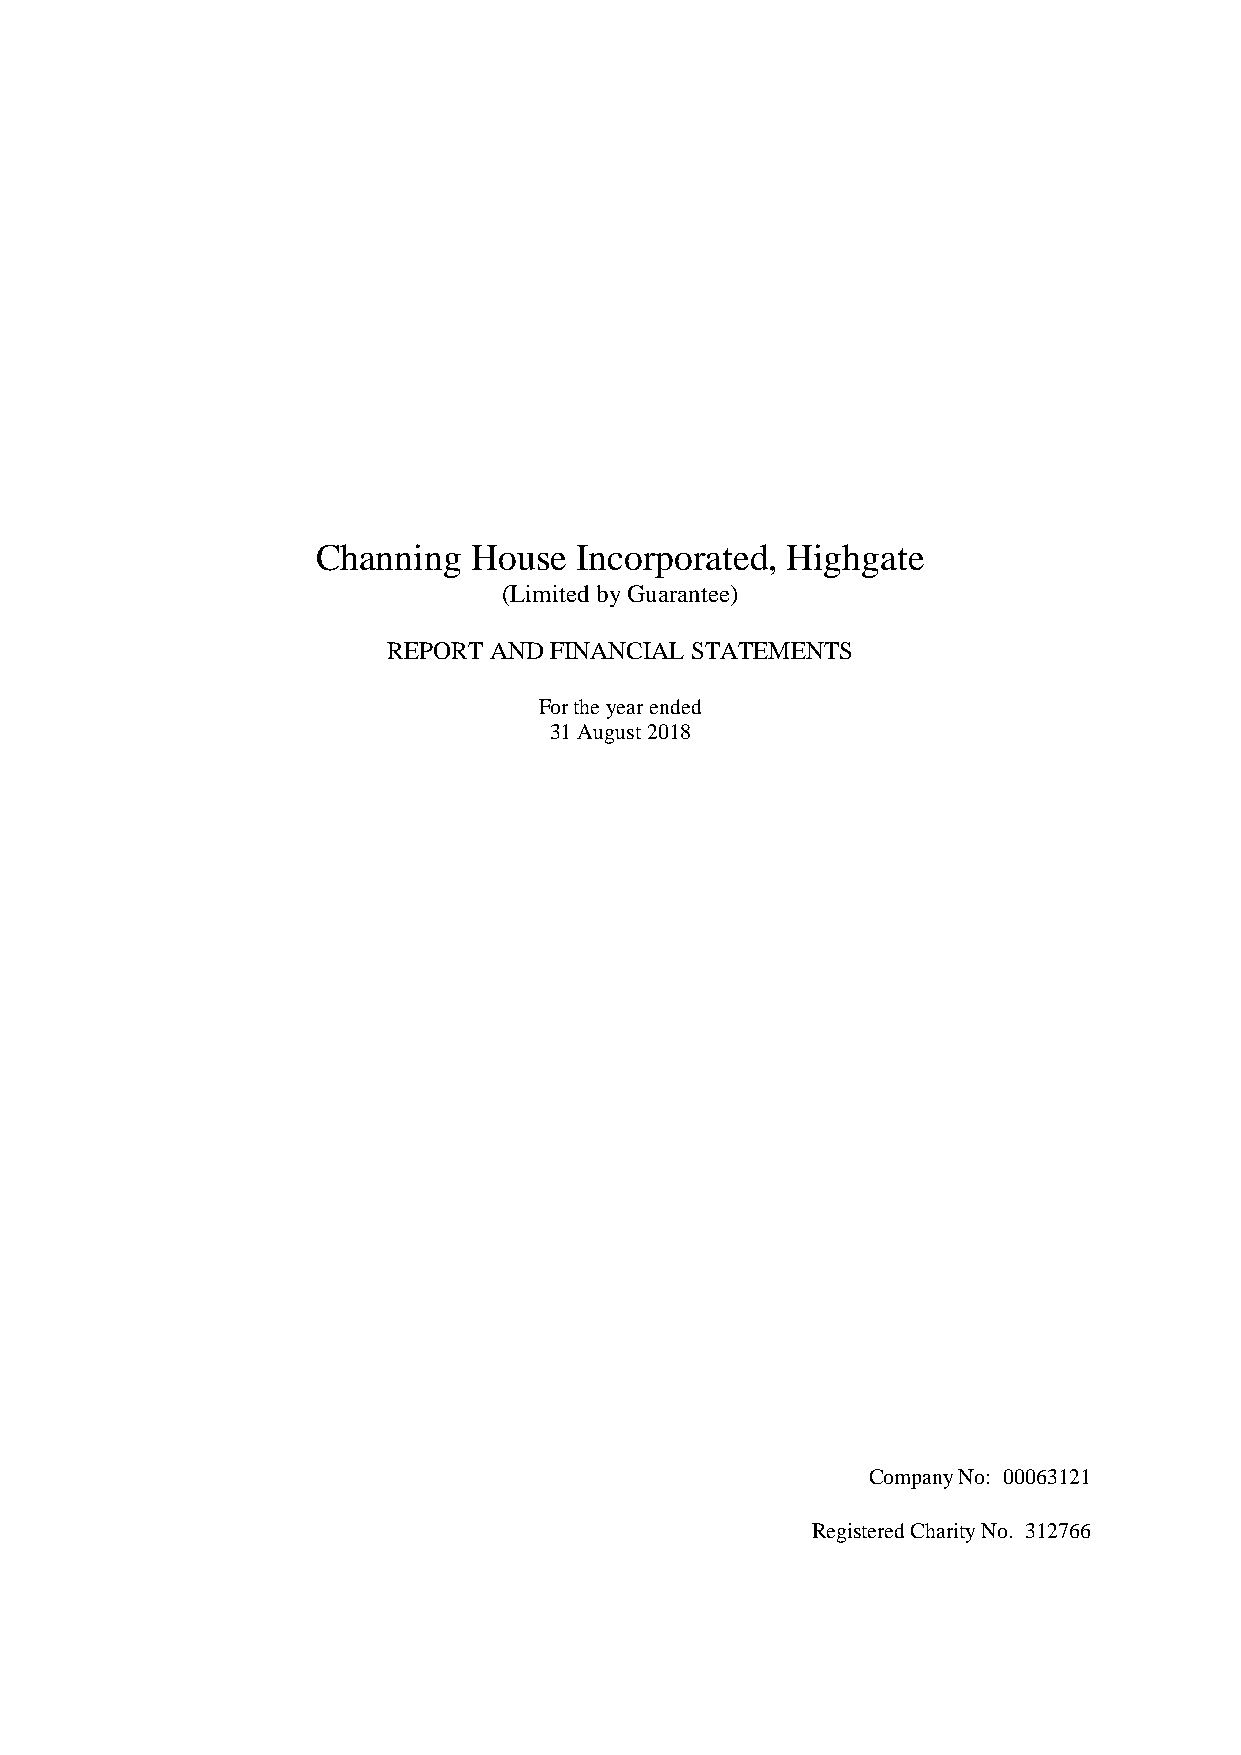
Channing  House  Incorporated, Highgate
 (Limited by Guarantee)
 REPORT AND FINANCIAL STATEMENTS
 For the year ended
 31 August 2018
 Company No: 00063121
 Registered Charity No. 312766